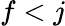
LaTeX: f<j